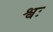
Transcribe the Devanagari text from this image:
श्वः